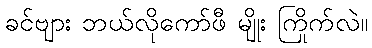
ခင်ဗျား ဘယ်လိုကော်ဖီ မျိုး ကြိုက်လဲ။